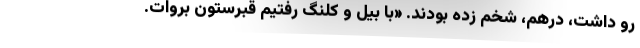
رو داشت، درهم، شخم زده بودند. «با بيل و كلنگ رفتيم قبرستون بروات.